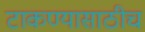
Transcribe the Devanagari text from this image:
टाकण्यासाठीच